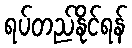
ရပ်တည်နိုင်ရန်